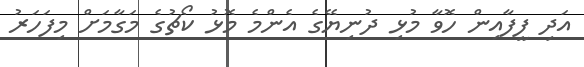
އަދި ފީފާއިން ހޮވާ މުޅި ދުނިޔޭގެ އެންމެ މޮޅު ކޯޗުގެ މަގާމަށް މިފަހަރު